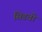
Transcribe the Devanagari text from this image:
सिडवी